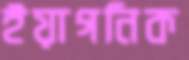
ইয়াগনিক